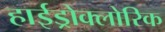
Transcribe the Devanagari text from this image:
हाईड्रोक्लोरिक